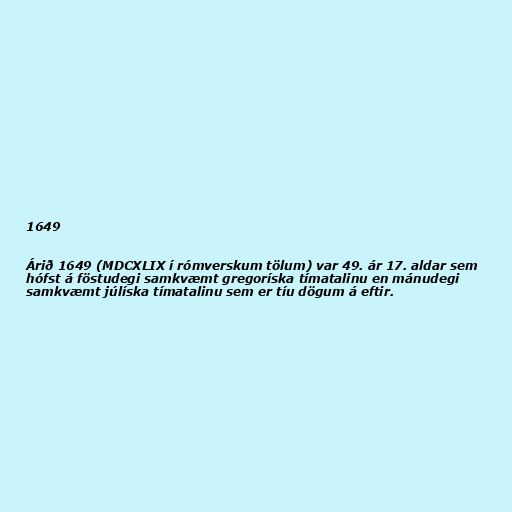
1649

Árið 1649 (MDCXLIX í rómverskum tölum) var 49. ár 17. aldar sem
hófst á föstudegi samkvæmt gregoríska tímatalinu en mánudegi
samkvæmt júlíska tímatalinu sem er tíu dögum á eftir.